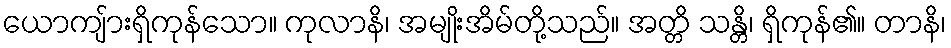
ယောကျ်ားရှိကုန်သော။ ကုလာနိ၊ အမျိုးအိမ်တို့သည်။ အတ္တိ သန္တိ၊ ရှိကုန်၏။ တာနိ၊